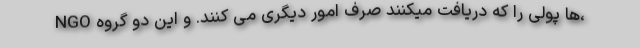
NGO ها پولی را که دریافت میکنند صرف امور دیگری می کنند. و این دو گروه،